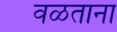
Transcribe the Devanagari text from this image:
वळताना